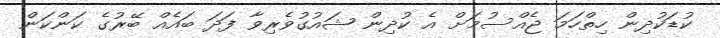
ކުޑަކުދިން ހިތްހަމަ ޖެއްސުމަށް އެ ކުދިން ޝައުގުވެރިވާ ފަދަ ބައެއް ބޭރުގެ ކަންކަން